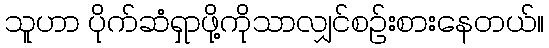
သူဟာ ပိုက်ဆံရှာဖို့ကိုသာလျှင်စဉ်းစားနေတယ်။